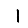
Digit: 1